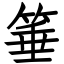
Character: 箠